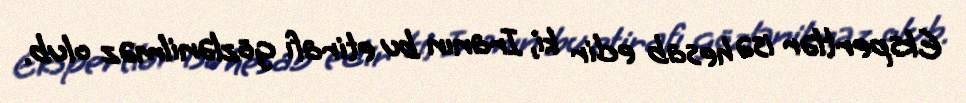
Ekspertlər isə hesab edir ki, Iranın bu etirafı gözlənilməz olub.